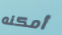
أمكنه